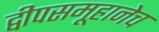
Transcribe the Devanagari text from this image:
द्वीपसमूहानेच